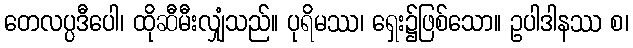
တေလပ္ပဒီပေါ၊ ထိုဆီမီးလျှံသည်။ ပုရိမဿ၊ ရှေး၌ဖြစ်သော။ ဥပါဒါနဿ စ၊